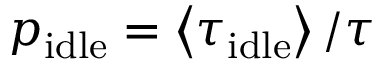
p _ { \mathrm { i d l e } } = \left< \tau _ { \mathrm { i d l e } } \right> / \tau